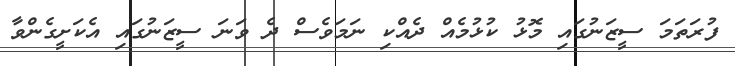
ފުރަތަމަ ސީޒަނުގައި މޮޅު ކުޅުމެއް ދެއްކި ނަމަވެސް ދެ ވަނަ ސީޒަނުގައި އެކަށީގެންވާ